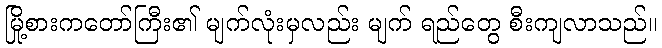
မြို့စားကတော်ကြီး၏ မျက်လုံးမှလည်း မျက် ရည်တွေ စီးကျလာသည်။